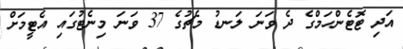
އަދި ޓޮޓެންހަމްގެ ދެ ވަނަ ލަނޑު މެޗުގެ 37 ވަނަ މިނެޓުގައި އެޓީމަށް